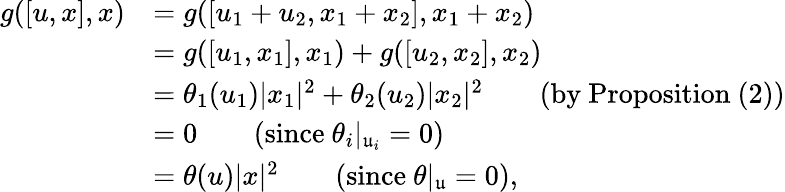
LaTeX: \begin{array}{rl}{g([u,x],x)}&{=g([u_{1}+u_{2},x_{1}+x_{2}],x_{1}+x_{2})}\\ &{=g([u_{1},x_{1}],x_{1})+g([u_{2},x_{2}],x_{2})}\\ &{=\theta_{1}(u_{1})|x_{1}|^{2}+\theta_{2}(u_{2})|x_{2}|^{2}\qquad\mathrm{(by~Proposition~(2))}}\\ &{=0\qquad(\mathrm{since}\ \theta_{i}|_{\mathfrak u_{i}}=0)}\\ &{=\theta(u)|x|^{2}\qquad(\mathrm{since}\ \theta|_{\mathfrak u}=0),}\end{array}